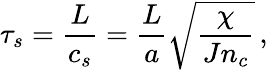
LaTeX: \tau_{s}=\frac{L}{c_{s}}=\frac{L}{a}\sqrt{\frac{\chi}{Jn_{c}}}\, ,